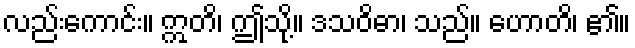
လည်းကောင်း။ ဣတိ၊ ဤသို့။ ဒသဝိဓာ၊ သည်။ ဟောတိ၊ ၏။